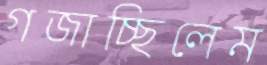
গজাচ্ছিলেম